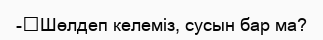
-	Шөлдеп келеміз, сусын бар ма?